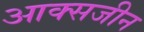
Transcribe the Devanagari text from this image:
आक्सजीन